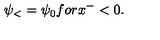
\psi _ { < } = \psi _ { 0 } f o r x ^ { - } < 0 .